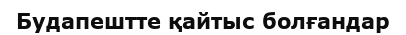
Будапештте қайтыс болғандар